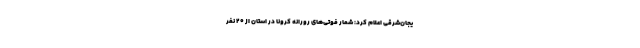
یجان‌شرقی اعلام کرد: شمار فوتی‌های رورانه کرونا در استان از ۲۰ نفر